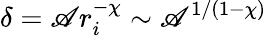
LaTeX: \delta=\mathscr{A}r_{i}^{-\chi}\sim\mathscr{A}^{1/(1-\chi)}